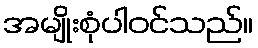
အမျိုးစုံပါဝင်သည်။